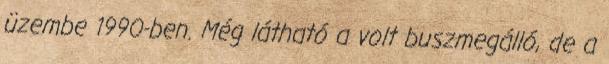
üzembe 1990-ben. Még látható a volt buszmegálló, de a